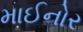
માઈનોર